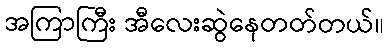
အကြာကြီး အီလေးဆွဲနေတတ်တယ်။